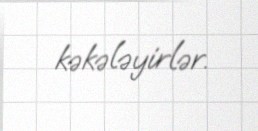
kəkələyirlər.